Problem: 9 + 44 = ?
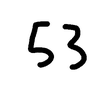
Handwritten answer: 53